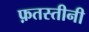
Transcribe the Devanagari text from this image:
फ़तस्तीनी